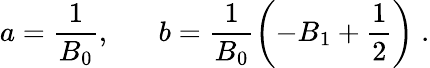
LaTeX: a=\frac{1}{B_{0}},\; \; \; \; \; \; b=\frac{1}{B_{0}}\left(-B_{1}+\frac{1}{2}\right)\; .